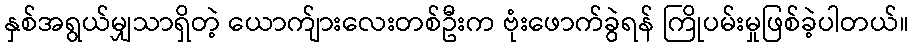
နှစ်အရွယ်မျှသာရှိတဲ့ ယောက်ျားလေးတစ်ဦးက ဗုံးဖောက်ခွဲရန် ကြိုပမ်းမှုဖြစ်ခဲ့ပါတယ်။